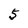
Character: 5